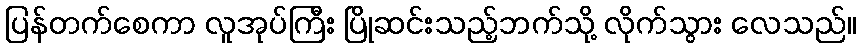
ပြန်တက်စေကာ လူအုပ်ကြီး ပြိုဆင်းသည့်ဘက်သို့ လိုက်သွား လေသည်။